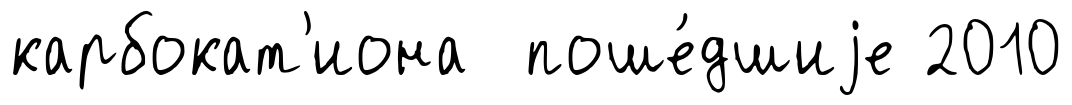
карбокат'иона поше́дшиjе 2010